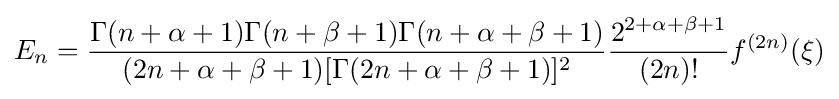
E_{n}={\frac {\Gamma (n+\alpha +1)\Gamma (n+\beta +1)\Gamma (n+\alpha +\beta +1)}{(2n+\alpha +\beta +1)[\Gamma (2n+\alpha +\beta +1)]^{2}}}{\frac {2^{2+\alpha +\beta +1}}{(2n)!}}f^{(2n)}(\xi )